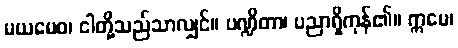
မယမေဝ၊ ငါတို့သည်သာလျှင်။ ပဏ္ဍိတာ၊ ပညာရှိကုန်၏။ ဣမေ၊